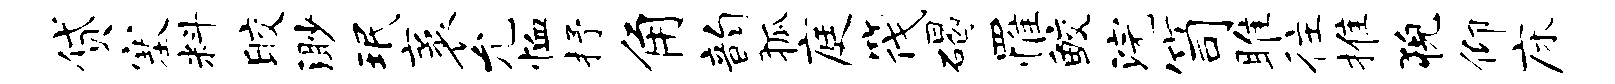
贷塞料皎渺珉袤允恤抒角韵狐庭筏碣罹鲛浣笥雎往推猊仰床